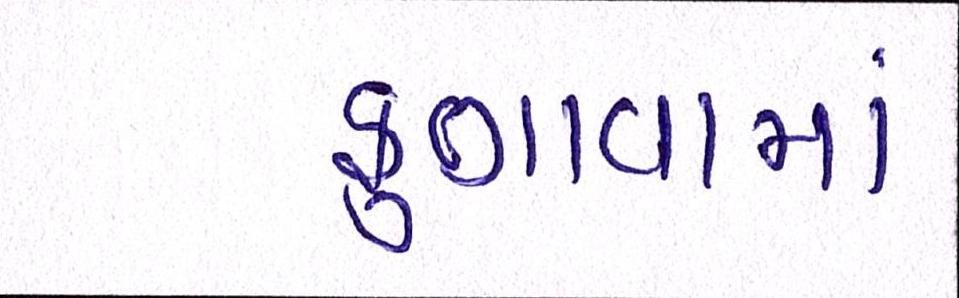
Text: ફુગાવામાં